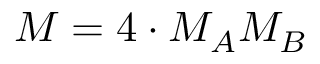
M = 4 \cdot M _ { A } M _ { B }